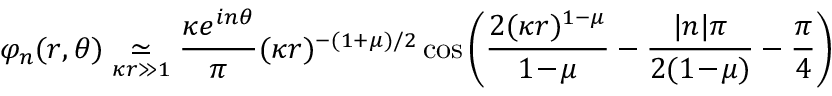
\varphi _ { n } ( r , \theta ) \underset { \kappa r \gg 1 } { \simeq } \frac { \kappa e ^ { i n \theta } } { \pi } ( \kappa r ) ^ { - ( 1 + \mu ) / 2 } \cos \left( \frac { 2 ( \kappa r ) ^ { 1 - \mu } } { 1 \! - \! \mu } - \frac { | n | \pi } { 2 ( 1 \! - \! \mu ) } - \frac { \pi } { 4 } \right)